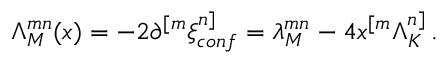
\Lambda _ { M } ^ { m n } ( x ) = - 2 \partial ^ { [ m } \xi _ { c o n f } ^ { n ] } = \lambda _ { M } ^ { m n } - 4 x ^ { [ m } \Lambda _ { K } ^ { n ] } \, .